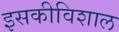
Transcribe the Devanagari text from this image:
इसकीविशाल